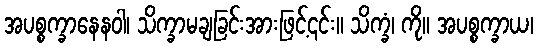
အပစ္စက္ခာနေနဝါ၊ သိက္ခာမချခြင်းအားဖြင့်၎င်း။ သိက္ခံ၊ ကို။ အပစ္စက္ခာယ၊